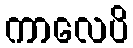
ကာလေပိ